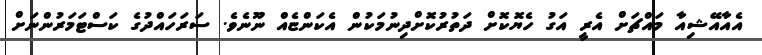
އެއާއޭޝިއާ މައްޗަށް އެރީ އަގު ހެޔޮކޮށް ދަތުރުކޮށްދިނުމަކުން އެކަންޏެއް ނޫނެވެ. ސަރަހައްދުގެ ކަސްޓަމަރުންނަށް